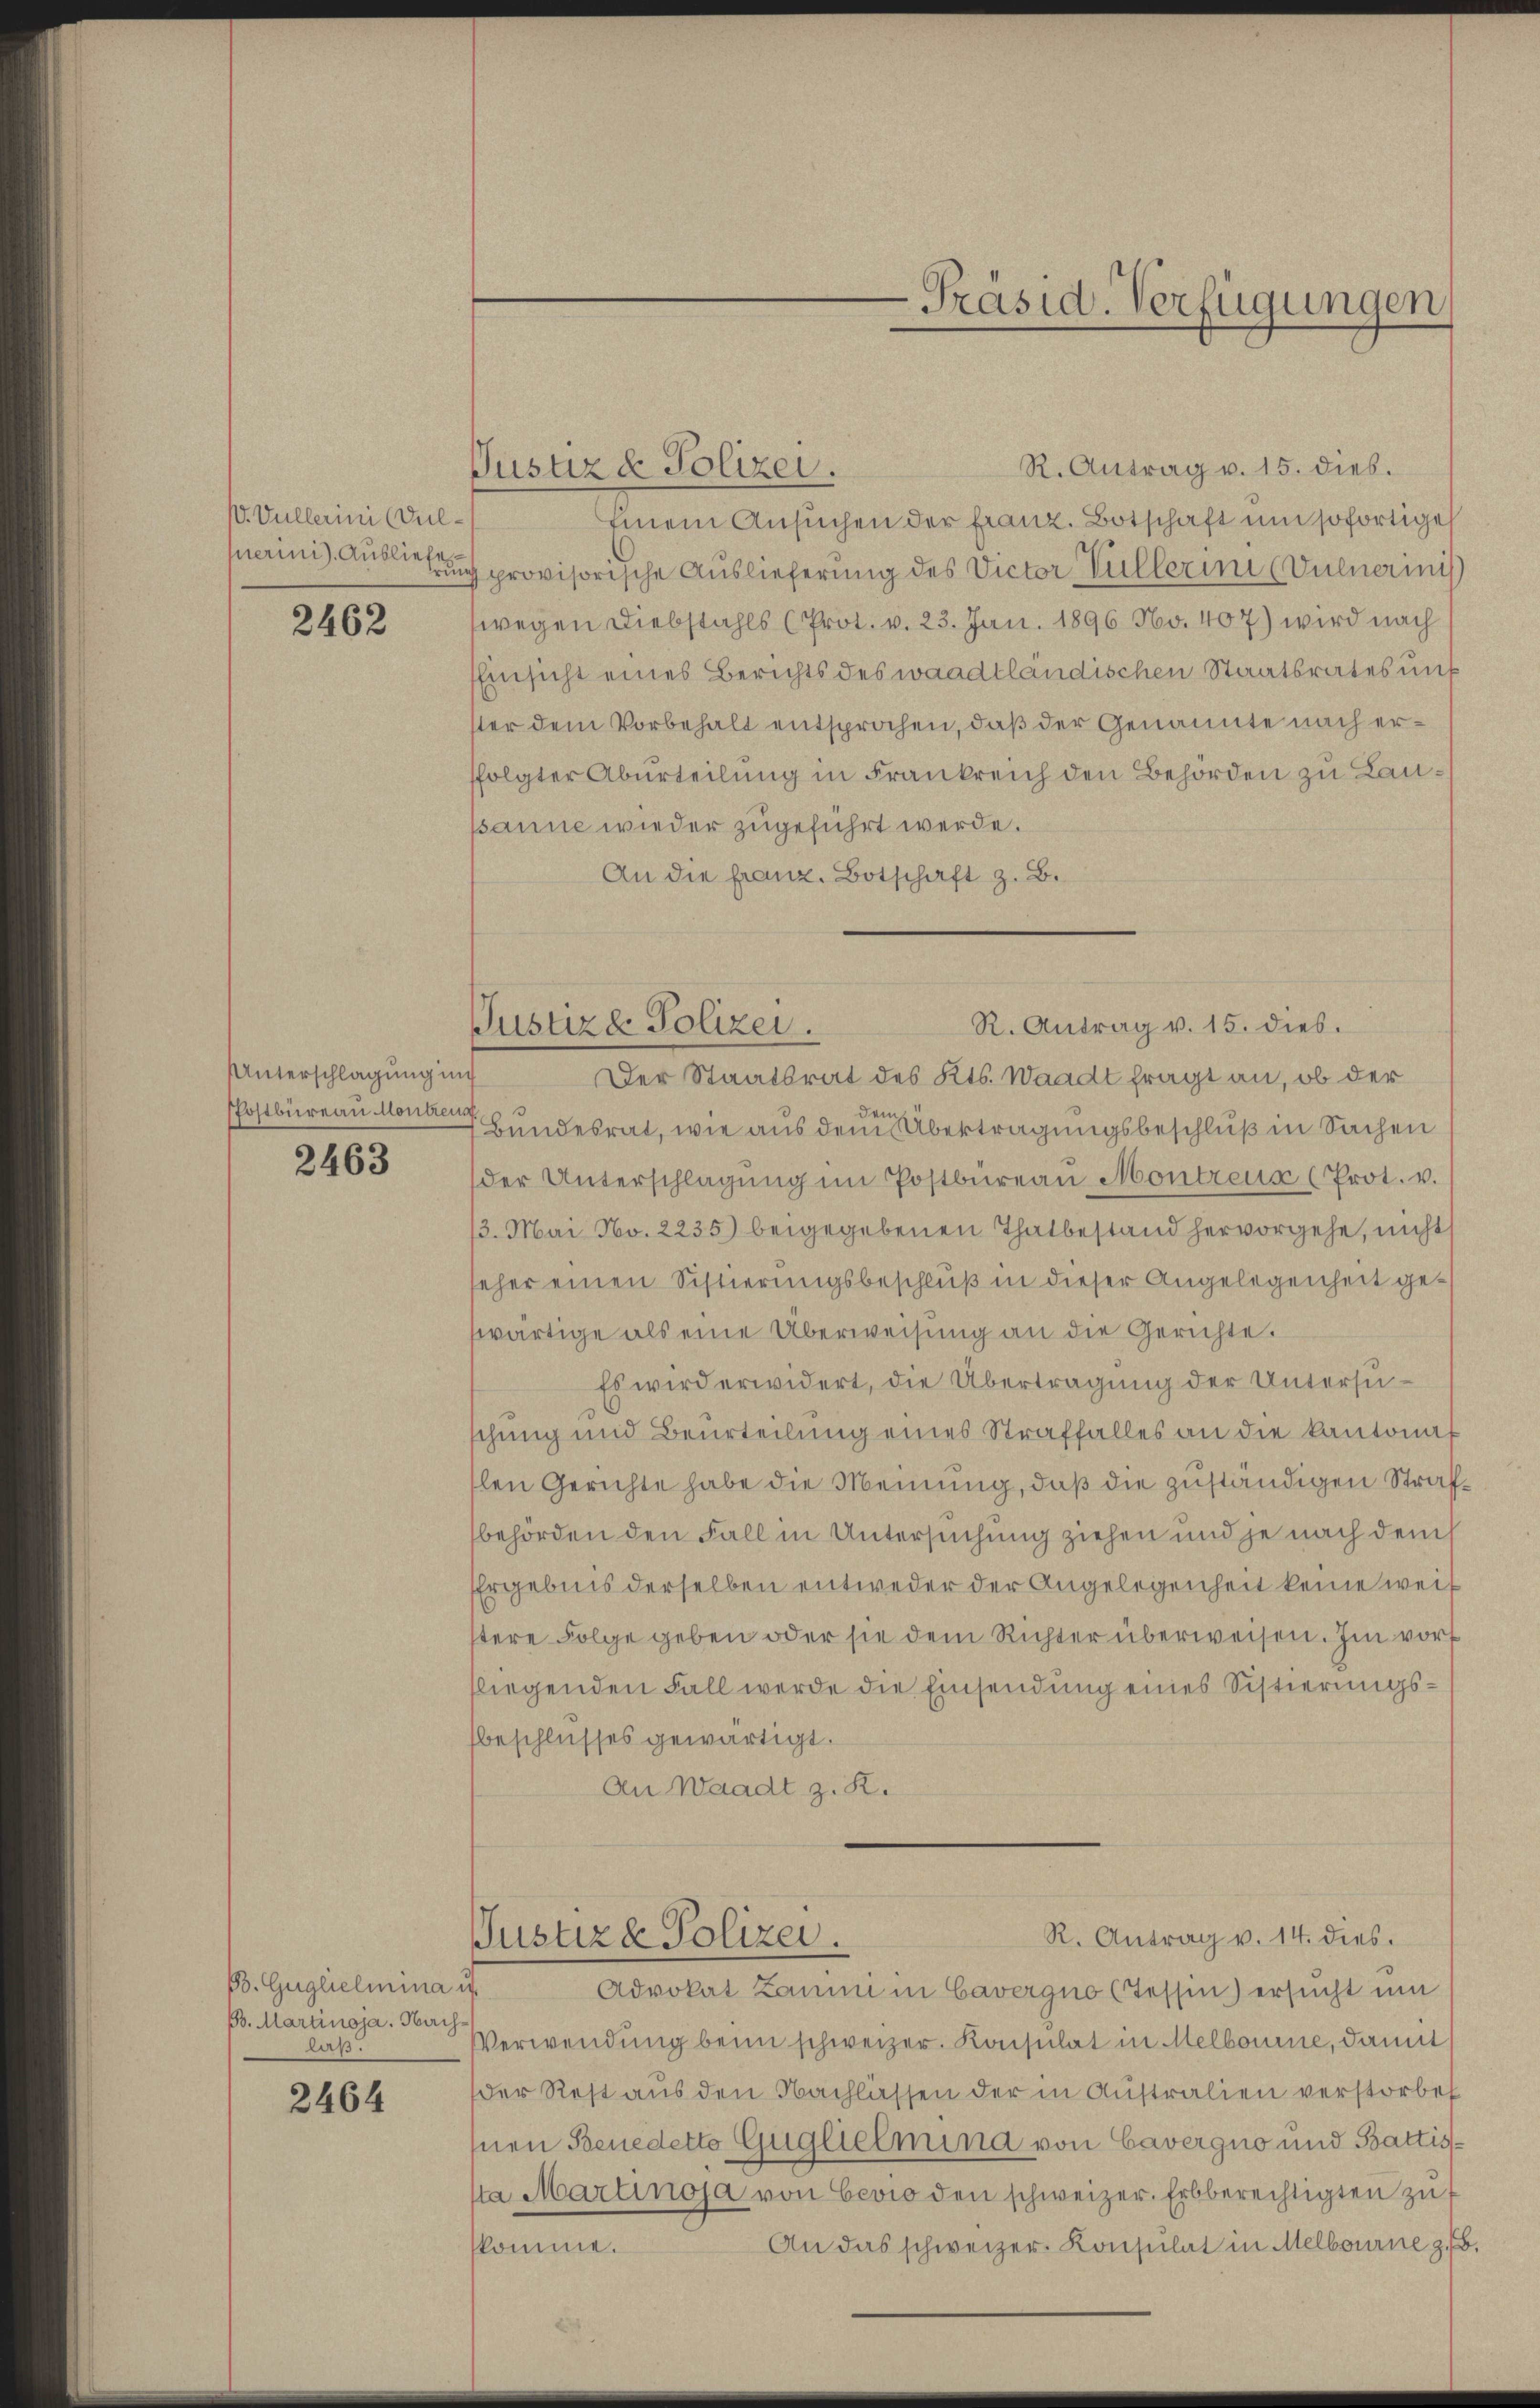
. Vullerini (Sul¬

2462

Unterschlagung ung
PPostbureau Montren

2463

Bb. Guglielmina u.
Bs. Martinoja. Nach
laß.

2464

R. Antrag v. 15. dies.
Justiz & Polizei.
Einem Ansuchen der franz. Botschaft um sofortige
fuerini) Auslegung provisorische Auslieferung des Victor Villerin (Dulnerinis
wegen Diebstahls (Prot. v. 23. Jan. 1896 No. 407) wird nach
Einsicht eines Berichts des waadtländischen Staatsrates uns
ster dem Vorbehalt entsprochen, daß der Genannte nach erffolgter Aburteilung in Frankreich den Behörden zu Laupanne wieder zugeführt werde.
An die franz. Botschaft z. B.

Justizd Polizei.

R. Antrag v. 15. dies.
Der Staatsrat des Kts. Waadt fragt an, ob der
Bundesrat, wie aus dem Übertragungsbeschluß in Sachen
der Unterschlagung im Postbüreau Montreux (Prot. v.
3. Mai No. 2235) beigegebenen Thatbestand hervorgehe, nicht
seher einen Sistierungsbeschluß in dieser Angelegenheit geswärtige als eine Überweisung an die Gerichte.
Es wird erwidert, die Übertragung der Untersuschung und Beurteilung eines Straffalles an die kantonal
slen Gerichte habe die Meinung, daß die zuständigen Strafbehörden den Fall in Untersuchung ziehen und je nach dem
Ergebnis derselben entweder der Angelegenheit keine weis
stere Folge geben oder sie dem Richter überweisen. Im vort
fliegenden Fall werde die Einsendung eines Sistierungsbeschlusses gewärtigt.
An Waadt z. R.

Justiz & Polizei.

Präsid. Verfügungen

R. Antrag v. 14. dies.
Advokat Kamm in Cavergno (Tessin ersucht um
Verwendung beim schweizer. Konsulat in Melboume, damit
der Rest aus den Nachlassen der in Australien verstorbet
nen Benedetto Guglielmina von Cavergno und Battista Martinoja von Bevio den schweizer. Erbberechtigten zŭ f
An das schweizer- Konsulat in Melbourne z. B.
komme.